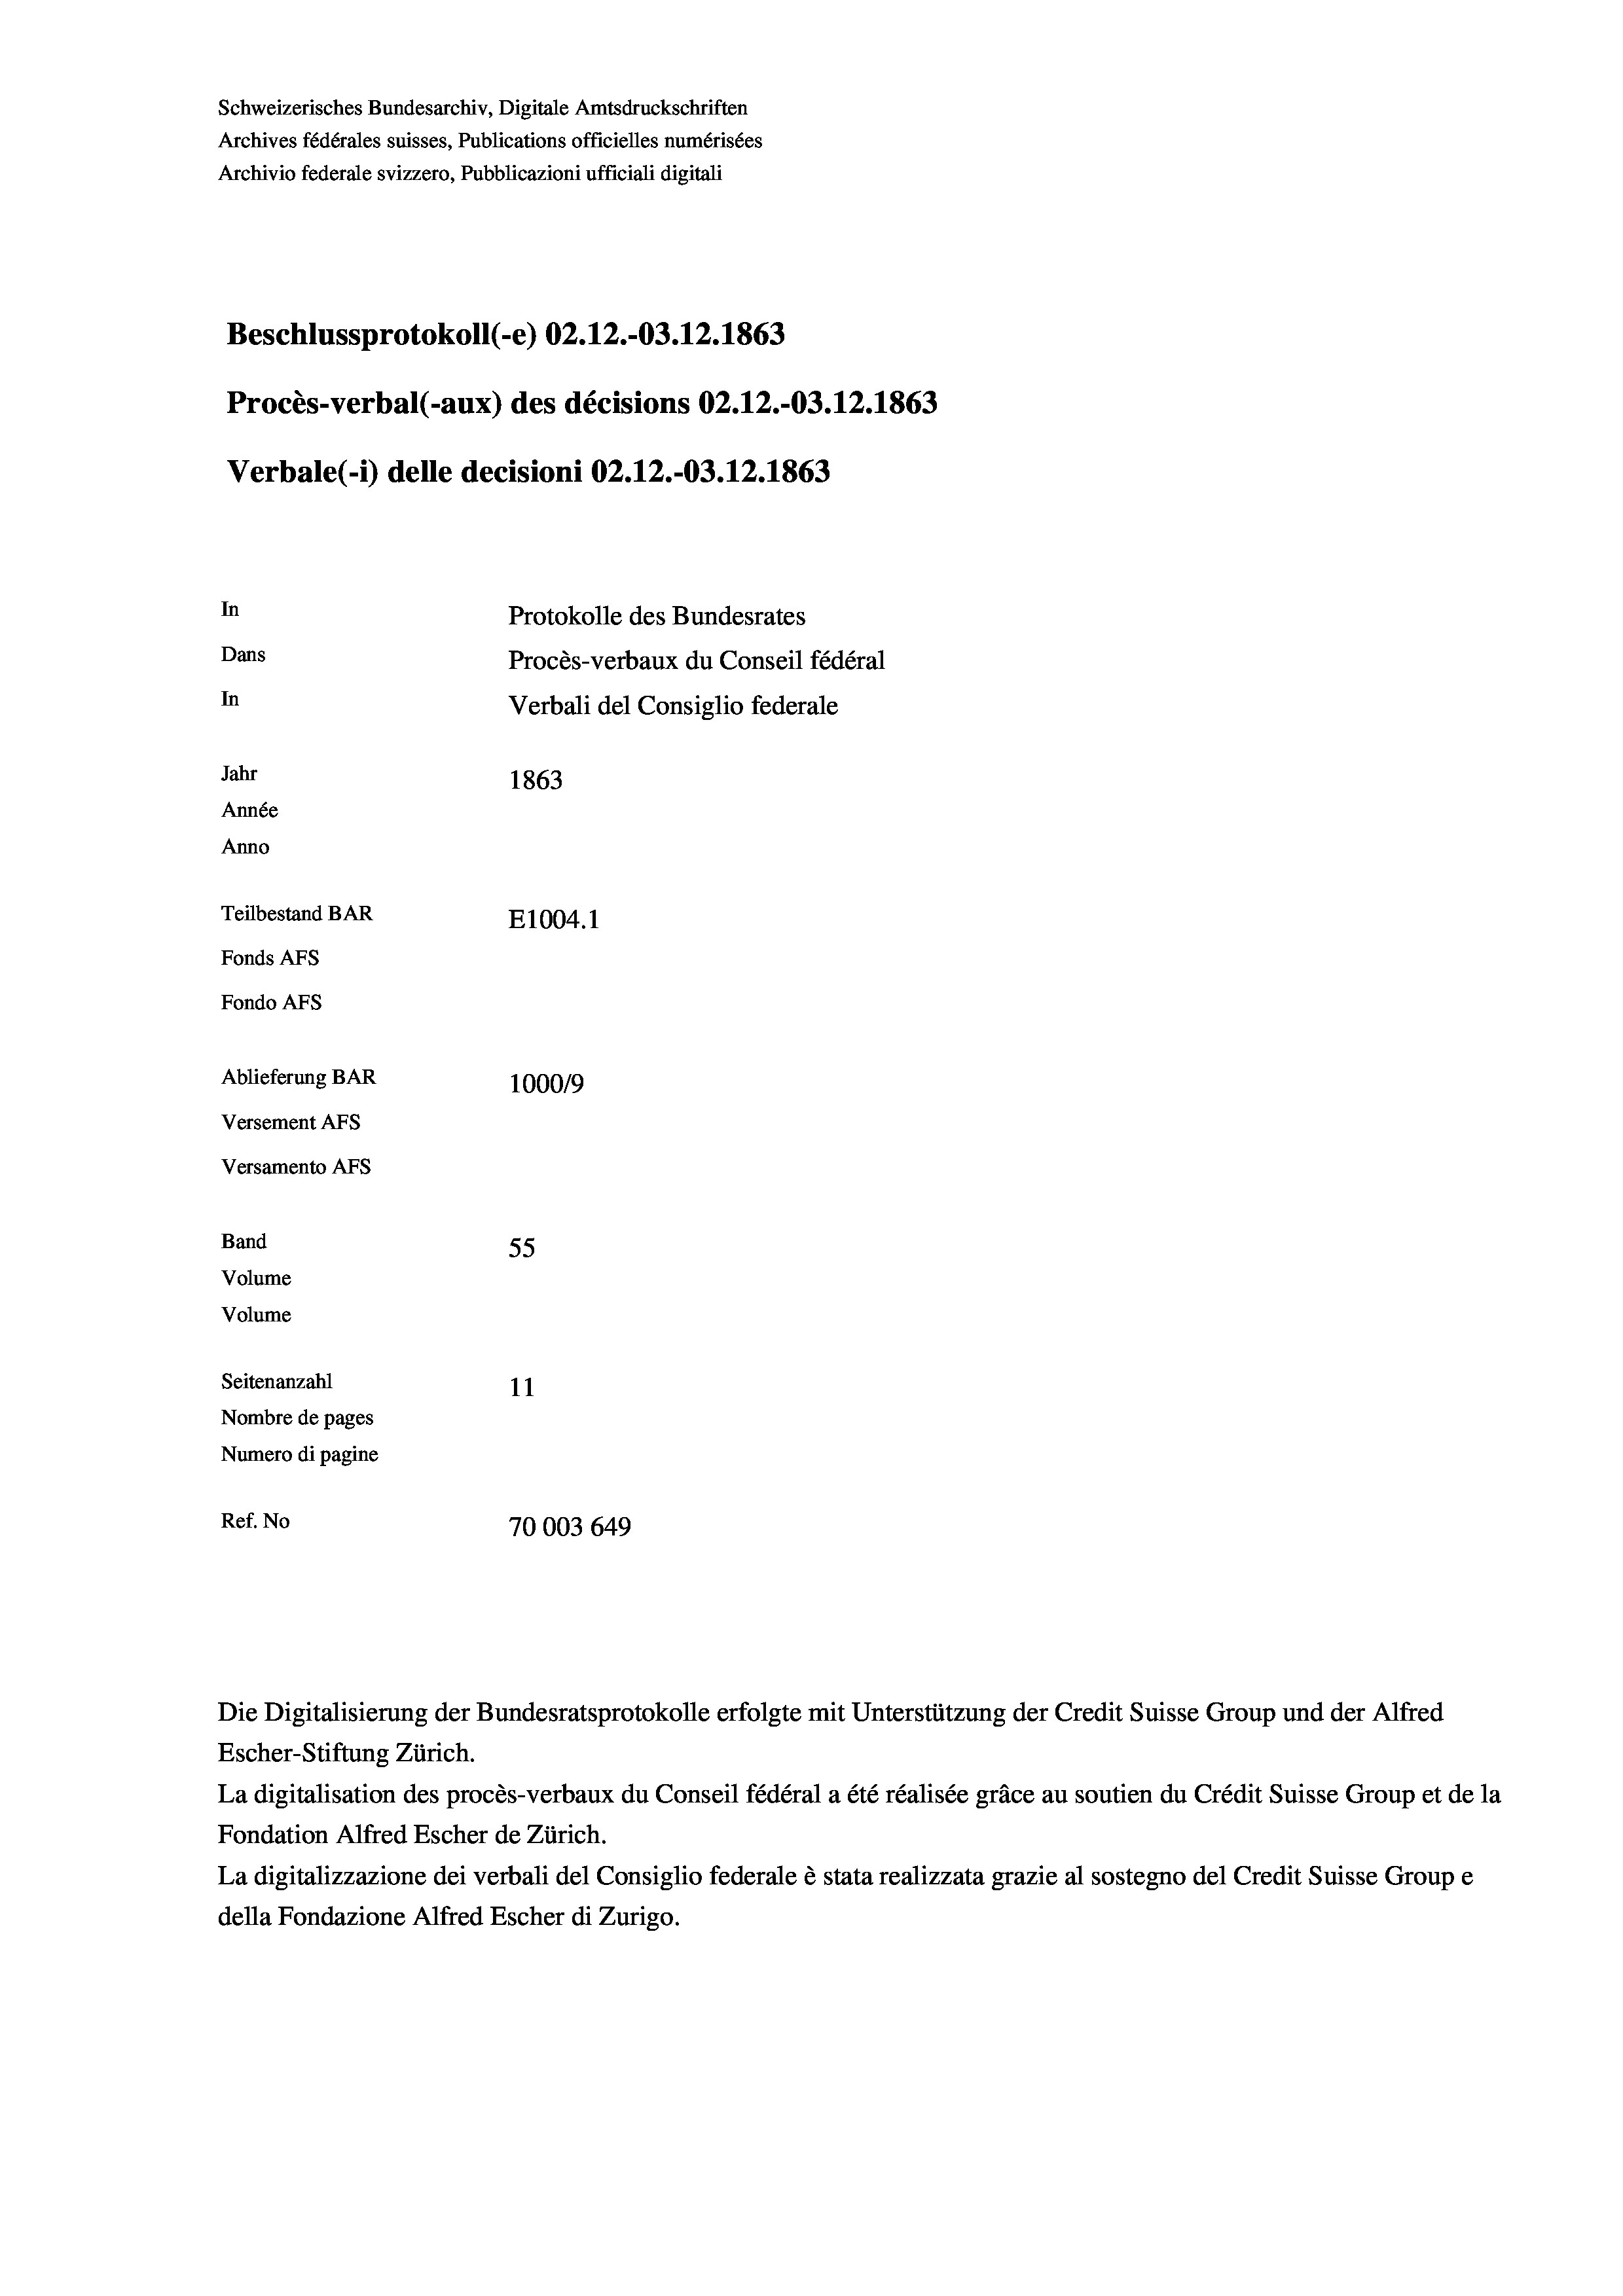
Schweizerisches Bundesarchiv, Digitale Amtsdruckschriften
Archives fédérales suisses, Publications officielles numérisées
Archivio federale svizzero, Pubblicazioni ufficiali digitali
Beschlussprotokoll (-e) 02.12.-03. 12. 1863
Procès-verbal (-aux) des décisions 02.12.-03.12.1863
Verbale (- 1) delle decisioni 02.12.-03.12.1863
In
Protokolle des Bundesrates
Dans
Procès-verbaux du Conseil fédéral
In
Verbali del Consiglio federale
Jahr
1863
Année
Anno
Teilbestand BAR
E1004.1
Fonds AFs
Fondo AFs

Ablieferung BAR
Versement As
Versamento Afs
Band
Volume
Volume
Seitenanzahl

100019
55
11
Nombre de pages
Numero di pagine
Ref. No
70003 649

Escher-Stiftung Zürich.
La digitalisation des procès-verbaux du Conseil fédéral a été réalisée gräce au soutien du Crédit Suisse Group et de la
Fondation Alfred Escher de Zürich.
La digitalizzazione dei verbali del Consiglio federale è stata realizzata grazie al sostegno del Credit Suisse Groupe
della Fondazione Alfred Escher di Zurigo.

Die Digitalisierung der Bundesratsprotokolle erfolgte mit Unterstützung der Credit Suisse Group und der Alfred